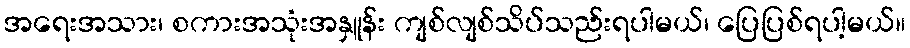
အရေးအသား၊ စကားအသုံးအနှူန်း ကျစ်လျစ်သိပ်သည်းရပါမယ်၊ ပြေပြစ်ရပါ့မယ်။